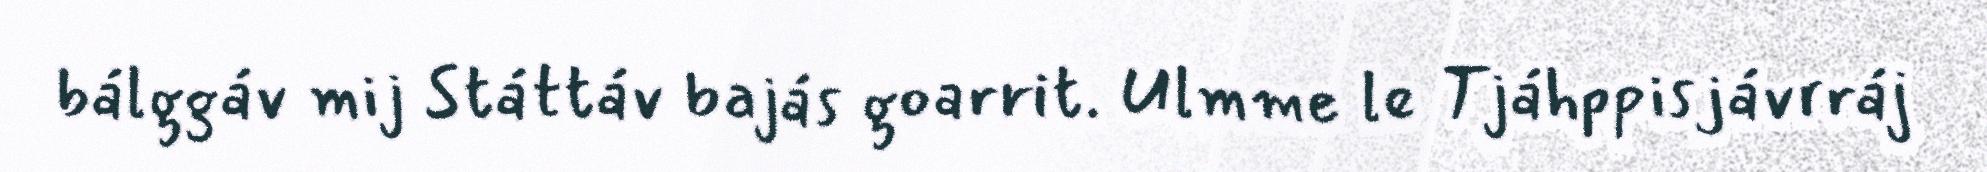
bálggáv mij Státtáv bajás goarrit. Ulmme le Tjáhppisjávrráj